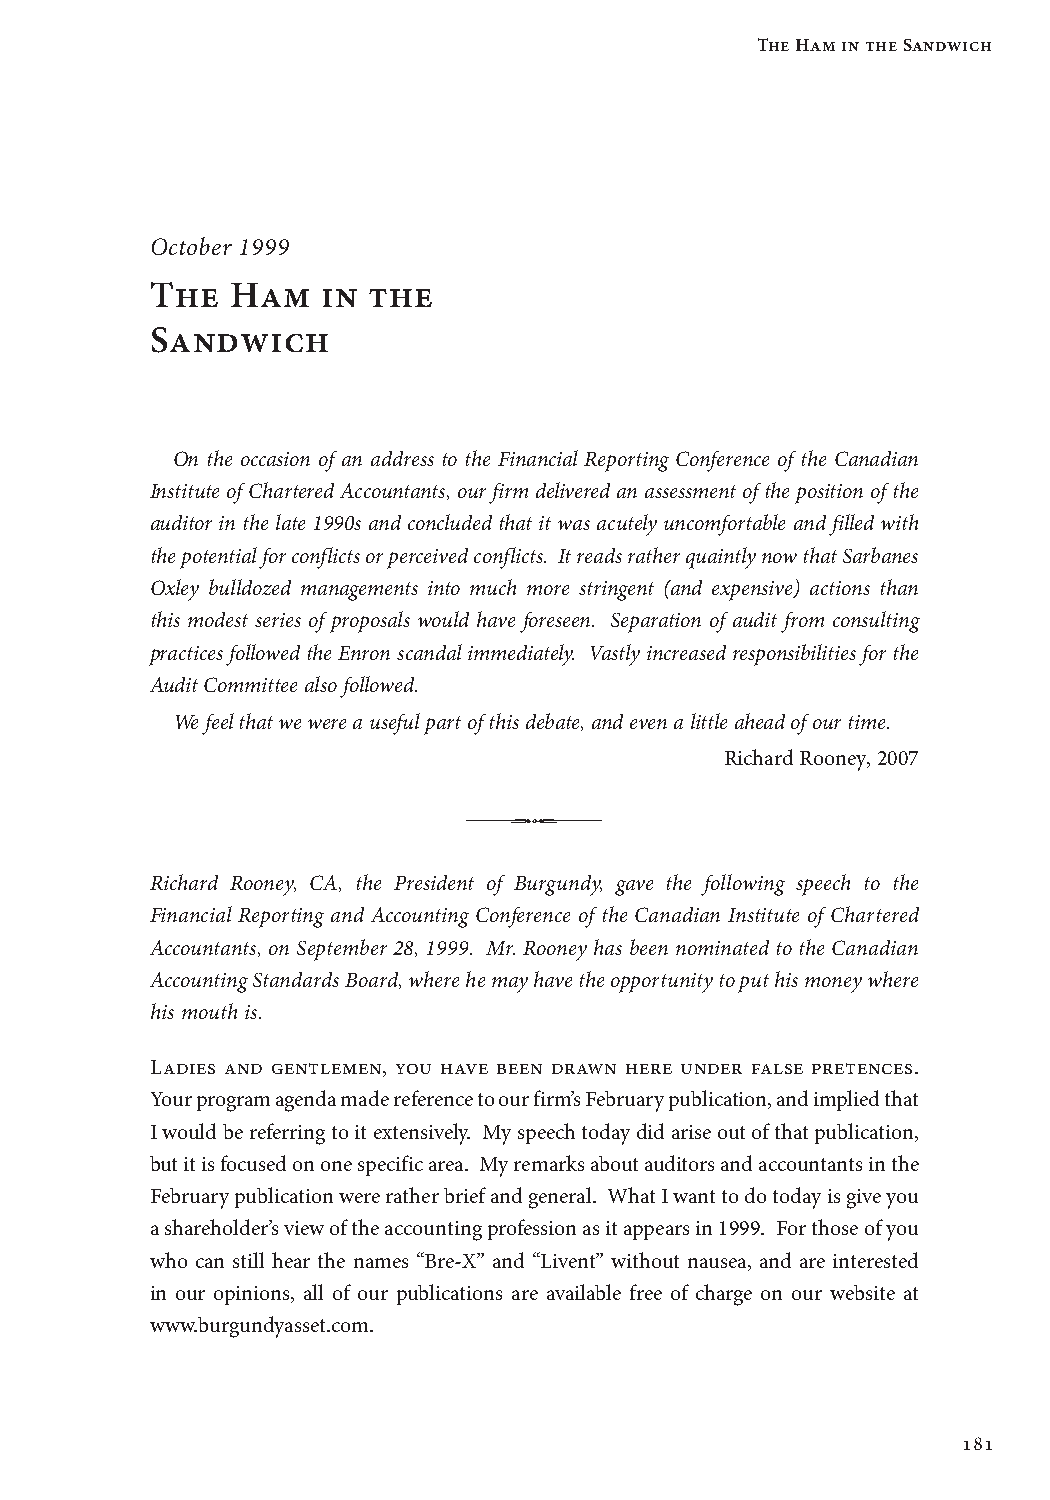
The Ham in the Sandwich
 October 1999
 The  Ham   in the
 Sandwich
 On the occasion of an address to the Financial Reporting Conference of the Canadian
 Institute of Chartered Accountants, our firm delivered an assessment of the position of the
 auditor in the late 1990s and concluded that it was acutely uncomfortable and filled with
 the potential for conflicts or perceived conflicts. It reads rather quaintly now that Sarbanes
 Oxley bulldozed managements into much more stringent (and expensive) actions than
 this modest series of proposals would have foreseen. Separation of audit from consulting
 practices followed the Enron scandal immediately. Vastly increased responsibilities for the
 Audit Committee also followed.
 We feel that we were a useful part of this debate, and even a little ahead of our time.
 Richard Rooney, 2007
 Richard Rooney, CA, the President of Burgundy, gave the following speech to the
 Financial Reporting and Accounting Conference of the Canadian Institute of Chartered
 Accountants, on September 28, 1999. Mr. Rooney has been nominated to the Canadian
 Accounting Standards Board, where he may have the opportunity to put his money where
 his mouth is.
 Ladies and gentlemen, you have been drawn here under false pretences.
 Your program agenda made reference to our firm’s February publication, and implied that
 I would be referring to it extensively. My speech today did arise out of that publication,
 but it is focused on one specific area. My remarks about auditors and accountants in the
 February publication were rather brief and general. What I want to do today is give you
 a shareholder’s view of the accounting profession as it appears in 1999. For those of you
 who can still hear the names “Bre-X” and “Livent” without nausea, and are interested
 in our opinions, all of our publications are available free of charge on our website at
 www.burgundyasset.com.
 181